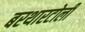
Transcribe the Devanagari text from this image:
बरथारटोली